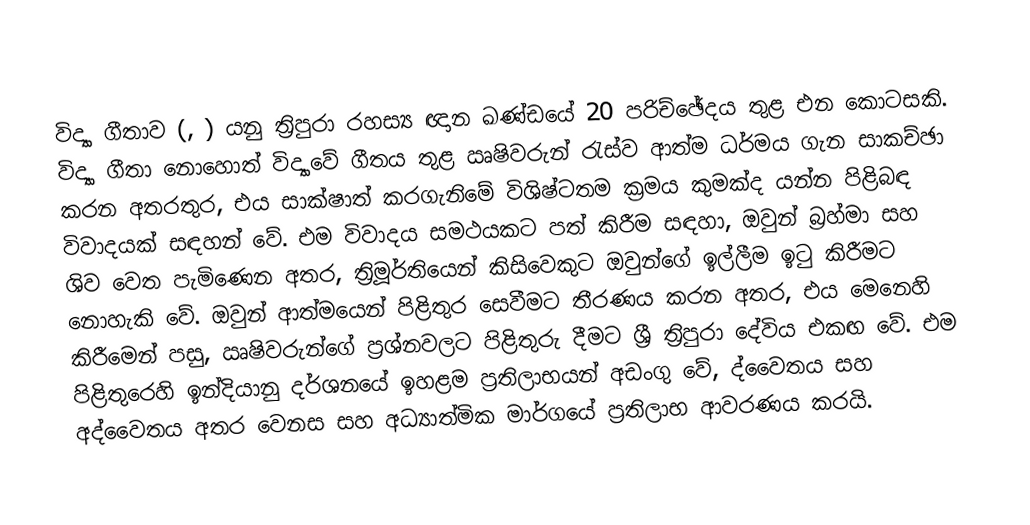
විද්‍යා ගීතාව (, ) යනු ත්‍රිපුරා රහස්‍ය ඥාන ඛණ්ඩයේ 20 පරිච්ඡේදය තුළ එන කොටසකි. විද්‍යා ගීතා නොහොත් විද්‍යාවේ ගීතය තුළ ඍෂිවරුන් රැස්ව ආත්ම ධර්මය ගැන සාකච්ඡා කරන අතරතුර, එය සාක්ෂාත් කරගැනිමේ විශිෂ්ටතම ක්‍රමය කුමක්ද යන්න පිළිබඳ විවාදයක් සඳහන් වේ. එම විවාදය සමථයකට පත් කිරීම සඳහා, ඔවුන් බ්‍රහ්මා සහ ශිව වෙත පැමිණෙන අතර, ත්‍රිමූර්තියෙන් කිසිවෙකුට ඔවුන්ගේ ඉල්ලීම ඉටු කිරීමට නොහැකි වේ. ඔවුන් ආත්මයෙන් පිළිතුර සෙවීමට තීරණය කරන අතර, එය මෙනෙහි කිරීමෙන් පසු, ඍෂිවරුන්ගේ ප්‍රශ්නවලට පිළිතුරු දීමට ශ්‍රී ත්‍රිපුරා දේවිය එකඟ වේ. එම පිළිතුරෙහි ඉන්දියානු දර්ශනයේ ඉහළම ප්‍රතිලාභයන් අඩංගු වේ, ද්වෛතය සහ අද්වෛතය අතර වෙනස සහ අධ්‍යාත්මික මාර්ගයේ ප්‍රතිලාභ ආවරණය කරයි.